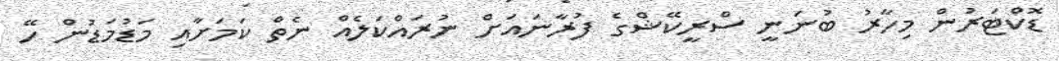
ޑޮކްޓަރުން މިހާރު ބުނަނީ ސްރީކޭޝްގެ ފުރާނައަށް ނުރައްކަލެއް ނެތް ކަމަށާއި މަޑުމަޑުން ހޭ